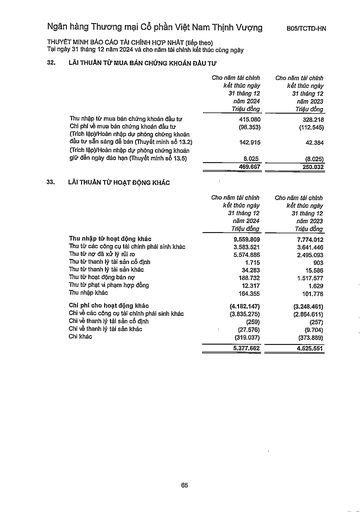
||Cho năm tài chính kết thúc ngày 31 tháng 12 năm 2024 Triệu đồng|Cho năm tài chính kết thúc ngày 31 tháng 12 năm 2023 Triệu đồng| |---|---|---| |Thu nhập từ mua bán chứng khoán đầu tư|415.080|328.218| |Chi phí về mua bán chứng khoán đầu tư|(96.353)|(112.545)| |(Trích lập)/Hoàn nhập dự phòng chứng khoán đầu tư sẵn sàng để bán (Thuyết minh số 13.2)|142.915|42.384| |(Trích lập)/Hoàn nhập dự phòng chứng khoán giữ đến ngày đáo hạn (Thuyết minh số 13.5)|8.025|(8.025)| ||469.667|250.032| ||Cho năm tài chính kết thúc ngày 31 tháng 12 năm 2024 Triệu đồng|Cho năm tài chính kết thúc ngày 31 tháng 12 năm 2023 Triệu đồng| |---|---|---| |Thu nhập từ hoạt động khác|9.559.809|7.774.012| |Thu từ các công cụ tài chính phái sinh khác|3.583.521|3.641.446| |Thu từ nợ đã xử lý rủi ro|5.574.886|2.495.093| |Thu từ thanh lý tài sản cố định|1.715|903| |Thu từ thanh lý tài sản khác|34.283|15.586| |Thu từ hoạt động bán nợ|188.732|1.517.577| |Thu từ phạt vi phạm hợp đồng|12.317|1.629| |Thu nhập khác|164.355|101.778| |Chi phí cho hoạt động khác|(4.182.147)|(3.248.461)| |Chi về các công cụ tài chính phái sinh khác|(3.835.275)|(2.864.611)| |Chi về thanh lý tài sản cố định|(259)|(257)| |Chi về thanh lý tài sản khác|(27.576)|(9.704)| |Chi khác|(319.037)|(373.889)| ||5.377.662|4.525.551| summarize: Báo cáo tài chính chi tiết về các khoản thu nhập và chi phí từ hoạt động kinh doanh của ngân hàng, bao gồm thu nhập từ chứng khoán, hoạt động khác và các khoản chi phí tương ứng metadata: {'company': 'Ngân hàng Thương mại Cổ phần Việt Nam Thịnh Vượng', 'report_type': 'Báo cáo tài chính hợp nhất', 'report_date': '31/12/2024', 'statement': 'Thuyết minh báo cáo tài chính', 'form_name': 'B05/TCTD-HN', 'period': 'Năm tài chính 2024'}